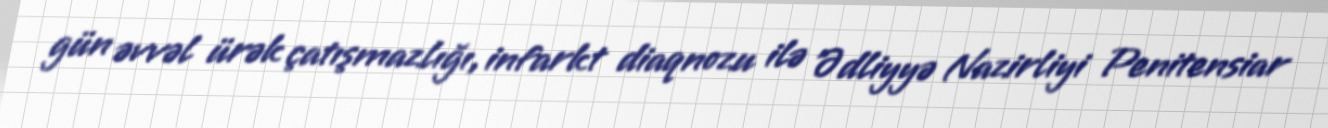
gün əvvəl ürək çatışmazlığı, infarkt diaqnozu ilə Ədliyyə Nazirliyi Penitensiar